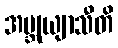
အဗ္ဘုယျာသီတိ